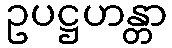
ဥပဋ္ဌဟန္တာ